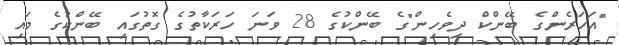
"އަހަރެންގެ ބޭންކް ދިވެހިން"ގެ ބޭންކުގެ 28 ވަނަ ހަރަކާތުގެ ގޮތުގައި ބޭންކުގެ މައި